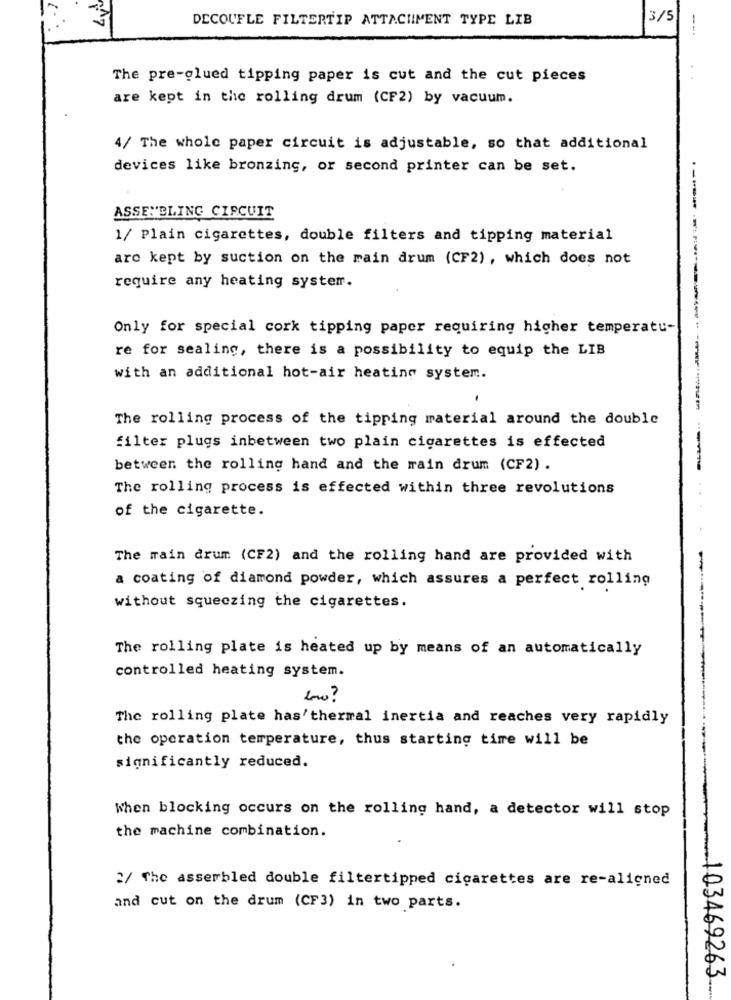
DECOUFLE FILTERTIP ATTACHMENT TYPE LIB
3/5
---
The pre-glued tipping paper is cut and the cut pieces
are kept in the rolling drum (CF2) by vacuum.
4/ The whole paper circuit is adjustable, so that additional
devices like bronzing, or second printer can be set.
ASSEMBLING CIRCUIT
1/ Plain cigarettes, double filters and tipping material
are kept by suction on the main drum (CF2), which does not
require any heating system.
Only for special cork tipping paper requiring higher temperatu-
re for sealing, there is a possibility to equip the LIB
with an additional hot-air heating system.
The rolling process of the tipping material around the double
filter plugs inbetween two plain cigarettes is effected
between the rolling hand and the rain drum (CF2) .
The rolling process is effected within three revolutions
of the cigarette.
The rain drum (CF2) and the rolling hand are provided with
a coating of diamond powder, which assures a perfect rolling
without squeezing the cigarettes.
The rolling plate is heated up by means of an automatically
controlled heating system.
The rolling plate has'thermal inertia and reaches very rapidly
the operation temperature, thus starting time will be
significantly reduced.
When blocking occurs on the rolling hand, a detector will stop
the machine combination.
2/ The assembled double filtertipped cigarettes are re-aligned
and cut on the drum (CF3) in two parts.
103469263 ..